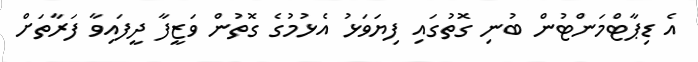
އެ ޑިޕާޓްމަންޓުން ބުނި ގޮތުގައި ފިޔަވަޅު އެޅުމުގެ ގޮތުން ވަޒީފާ ދީފައިވާ ފަރާތަށް